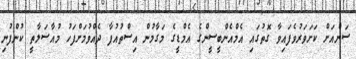
ސަންއަށް ކަށަވަރުވެފައިވާ ގޮތުގައި އެމްއެންބީސީންގެ އެމްޑީގެ މަގާމުން އިސްތުއުފާ ދެއްވުމަށްފަހު މުއާސަލާތީ ކުންފުނި